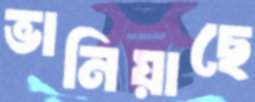
ভানিয়াছে